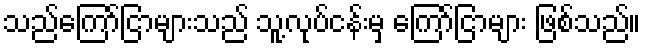
သည်ကြော်ငြာများသည် သူ့လုပ်ငန်းမှ ကြော်ငြာများ ဖြစ်သည်။